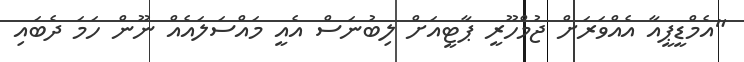
"އެމްޑީޕީއާ އެއްވަރަށް ޖުމްހޫރީ ޕާޓީއަށް ލިބުނަސް އެއީ މައްސަލައެއް ނޫން ހަމަ ދެބައި